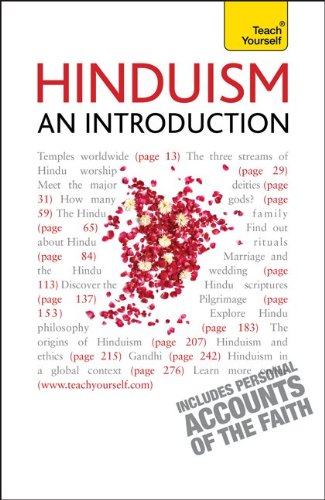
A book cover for Hinduism--An Introduction: A Teach Yourself Guide (Teach Yourself: General Reference); Owen Cole; Religion & Spirituality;